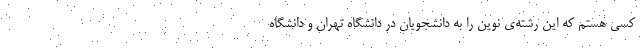
کسی هستم که این رشته‌ی نوین را به دانشجویان در دانشگاه تهران و دانشگاه